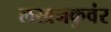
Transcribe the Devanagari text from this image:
लखनकुवंर